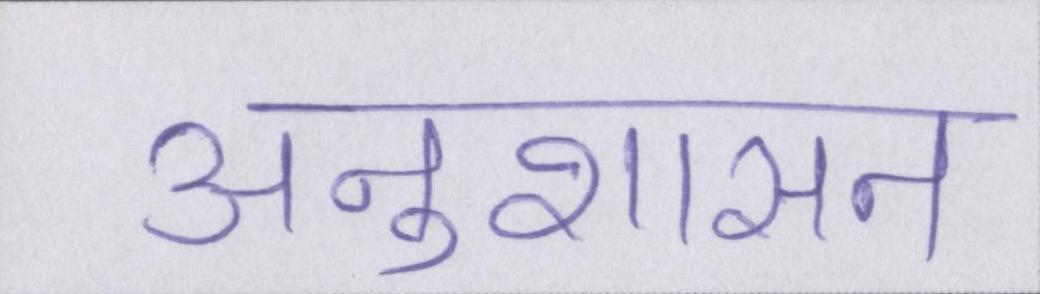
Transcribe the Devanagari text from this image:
अनुशासन